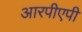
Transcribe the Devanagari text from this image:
आरपीएपी